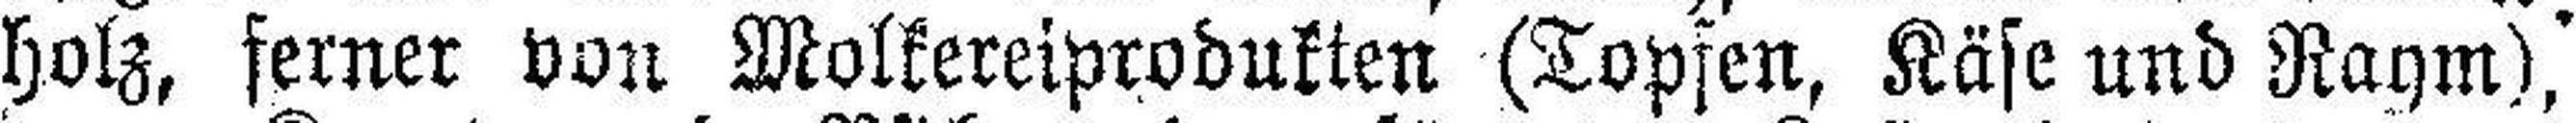
holz, ferner von Molkereiprodukten (Topfen, Käse und Raym),